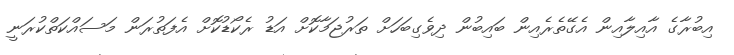
އިބުރާގެ އާއިލާއިން އެގޭތެރެއިން ބައިބުން ދިވެގިބަހަށް ތަރުޖަމާކޮށް އަޑު ރެކޯޑުކޮށް އެފަތުރަން މަސައްކަތްކުރަނީ